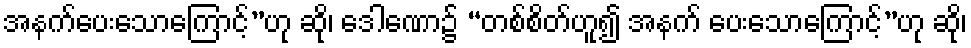
အနက်ပေးသောကြောင့်”ဟု ဆို၊ ဒေါဏော၌ “တစ်စိတ်ဟူ၍ အနက် ပေးသောကြောင့်”ဟု ဆို၊